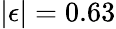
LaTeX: |\epsilon|=0.63